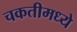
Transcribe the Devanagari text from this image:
चकतीमध्ये